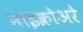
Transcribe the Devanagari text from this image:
माइक्रोअरे